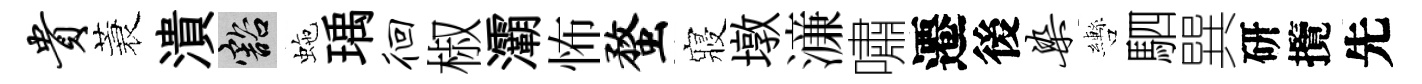
贵蓑潰豁虵瑀徊椒灞怖蝥寢墩濓嘯遷後染轡駟巽研攬先